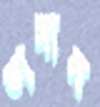
ভাঙ্গাল